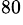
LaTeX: ^{80}